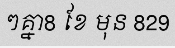
ៗគ្នា8 ខែ មុន 829